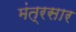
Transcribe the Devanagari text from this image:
मंत्रसार